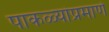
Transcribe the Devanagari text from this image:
पाकळ्यांप्रमाणे